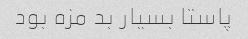
پاستا بسیار بد مزه بود